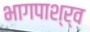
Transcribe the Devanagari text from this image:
भागपाश्र्व